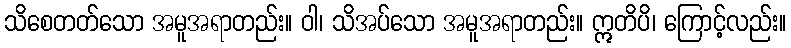
သိစေတတ်သော အမူအရာတည်း။ ဝါ၊ သိအပ်သော အမူအရာတည်း။ ဣတိပိ၊ ကြောင့်လည်း။